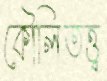
কৌলিতত্ত্ব